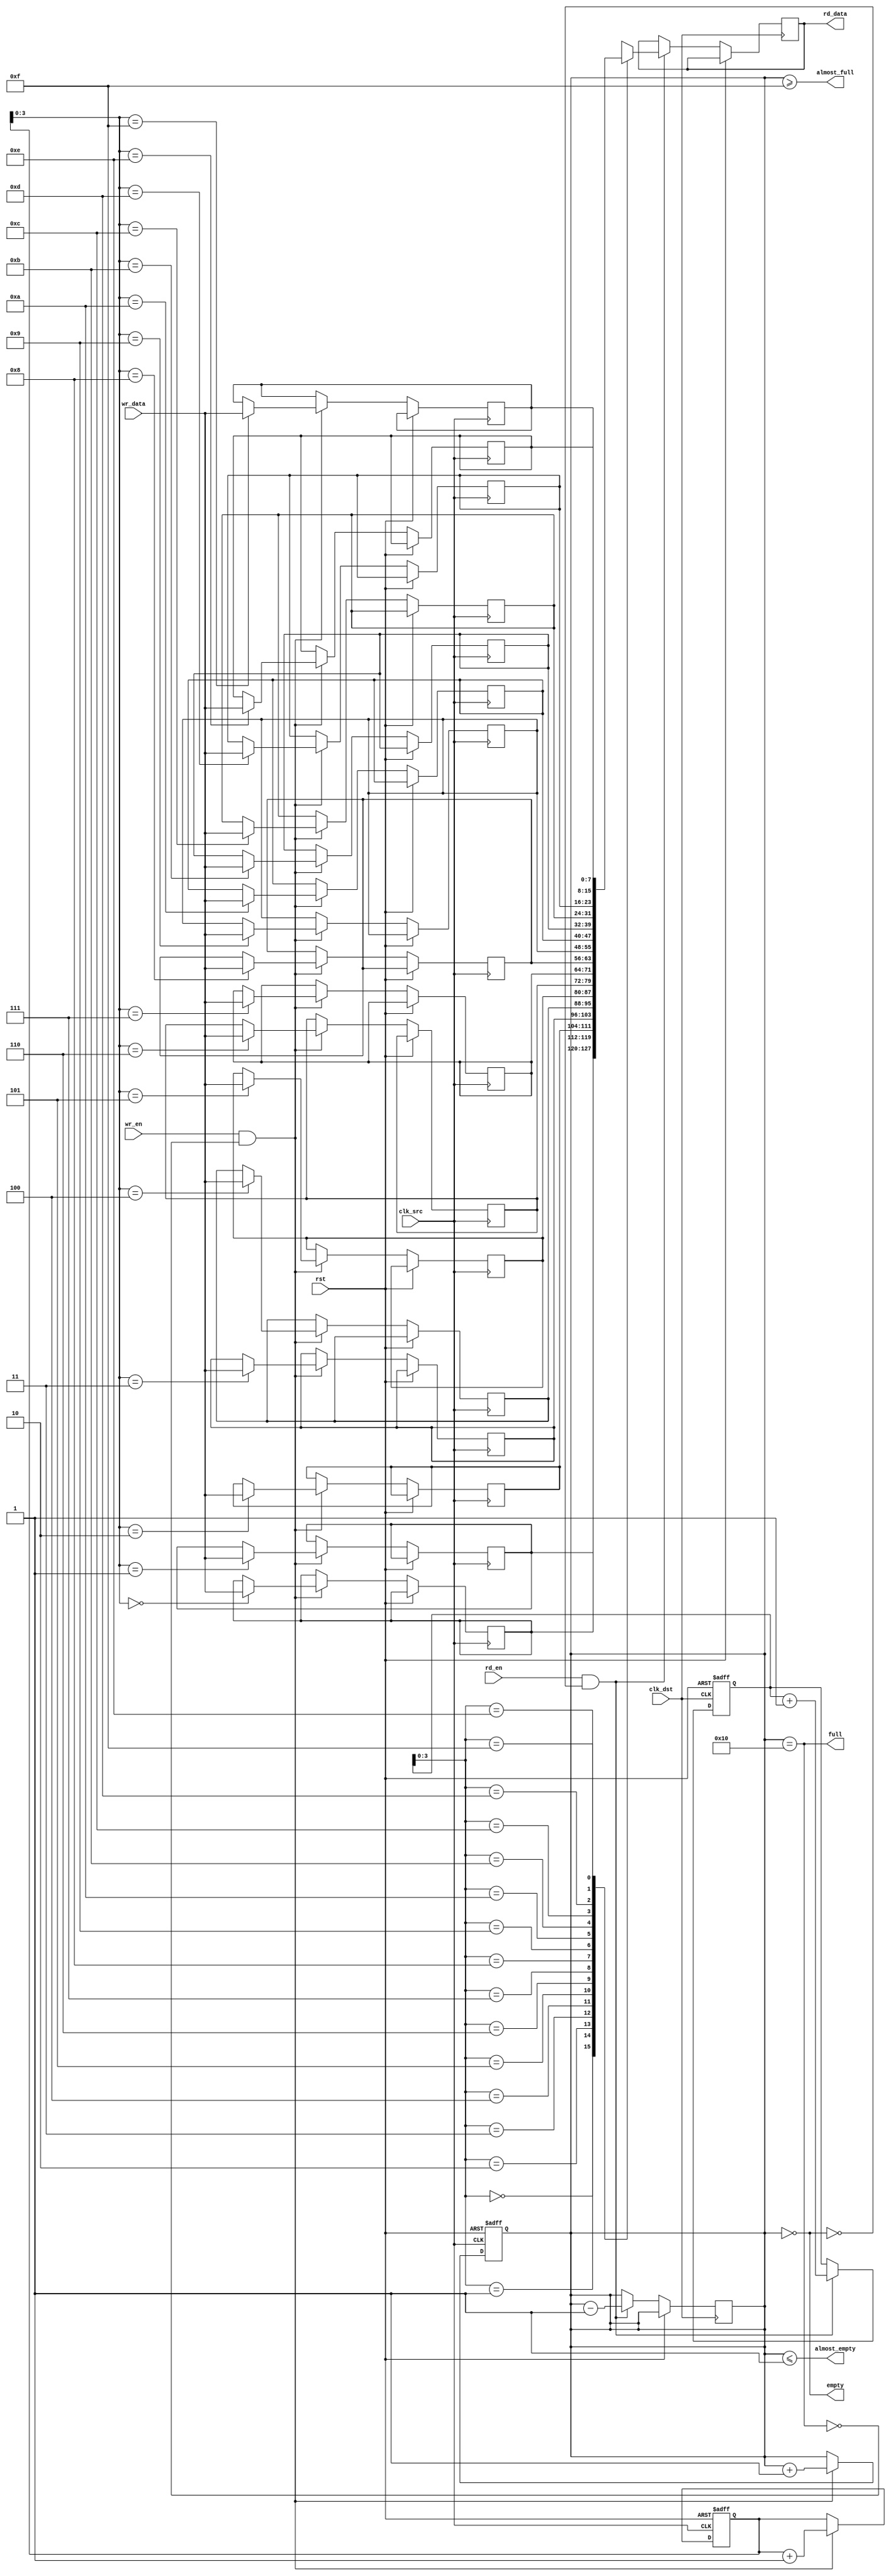
module fifo_synchronizer #(
    parameter DATA_WIDTH = 8,
    parameter FIFO_DEPTH = 16
)(
    input wire clk_src,           // Source clock
    input wire clk_dst,           // Destination clock
    input wire rst,               // Asynchronous reset
    input wire wr_en,             // Write enable from source domain
    input wire [DATA_WIDTH-1:0] wr_data, // Data to write
    output wire full,             // FIFO full flag
    output wire almost_full,      // FIFO almost full flag
    input wire rd_en,             // Read enable from destination domain
    output wire [DATA_WIDTH-1:0] rd_data, // Data read
    output wire empty,            // FIFO empty flag
    output wire almost_empty       // FIFO almost empty flag
);

    // FIFO Memory
    reg [DATA_WIDTH-1:0] fifo_mem [0:FIFO_DEPTH-1];
    reg [4:0] wr_ptr; // Write pointer (5 bits for depth of 16)
    reg [4:0] rd_ptr; // Read pointer (5 bits for depth of 16)
    reg [4:0] count;  // Number of items in FIFO

    // Write Control Logic
    always @(posedge clk_src or posedge rst) begin
        if (rst) begin
            wr_ptr <= 0;
            count <= 0;
        end else if (wr_en && !full) begin
            fifo_mem[wr_ptr] <= wr_data;
            wr_ptr <= wr_ptr + 1;
            count <= count + 1;
        end
    end

    // Read Control Logic
    always @(posedge clk_dst or posedge rst) begin
        if (rst) begin
            rd_ptr <= 0;
        end else if (rd_en && !empty) begin
            rd_data <= fifo_mem[rd_ptr];
            rd_ptr <= rd_ptr + 1;
            count <= count - 1;
        end
    end

    // Full and Empty Flags
    assign full = (count == FIFO_DEPTH);
    assign empty = (count == 0);
    assign almost_full = (count >= (FIFO_DEPTH - 1));
    assign almost_empty = (count <= 1);

endmodule